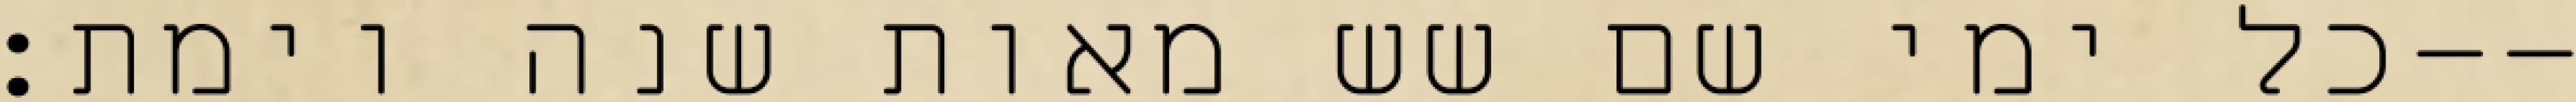
כל ימי שם שש מאות שנה וימת׃--